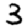
Digit: 3